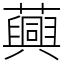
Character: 䕟